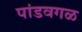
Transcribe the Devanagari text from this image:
पांडवगळ